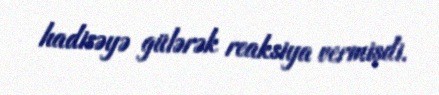
hadisəyə gülərək reaksiya vermişdi.